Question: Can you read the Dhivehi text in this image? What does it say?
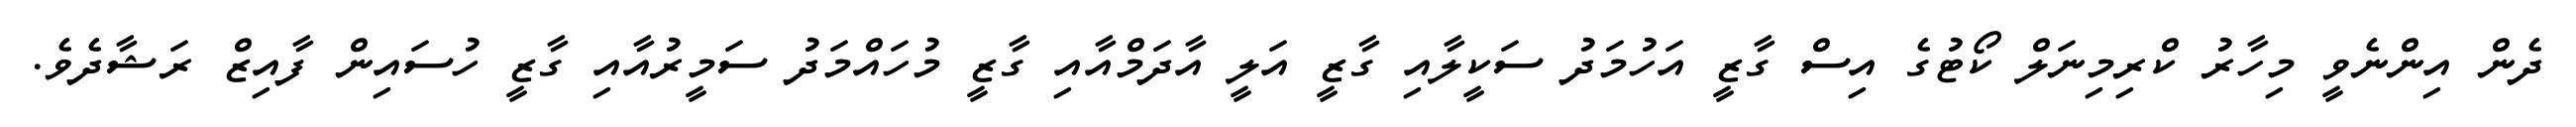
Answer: ދެން އިންނެވީ މިހާރު ކްރިމިނަލް ކޯޓުގެ އިސް ގާޒީ އަހުމަދު ސަކީލާއި ގާޒީ އަލީ އާދަމްއާއި ގާޒީ މުހައްމަދު ސަމީރުއާއި ގާޒީ ހުސައިން ފާއިޒް ރަޝާދެވެ.